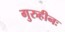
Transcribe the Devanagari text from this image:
गुरुहीनः